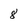
Character: 8